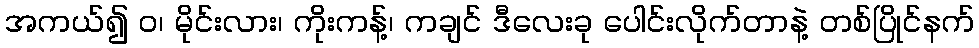
အကယ်၍ ဝ၊ မိုင်းလား၊ ကိုးကန့်၊ ကချင် ဒီလေးခု ပေါင်းလိုက်တာနဲ့ တစ်ပြိုင်နက်